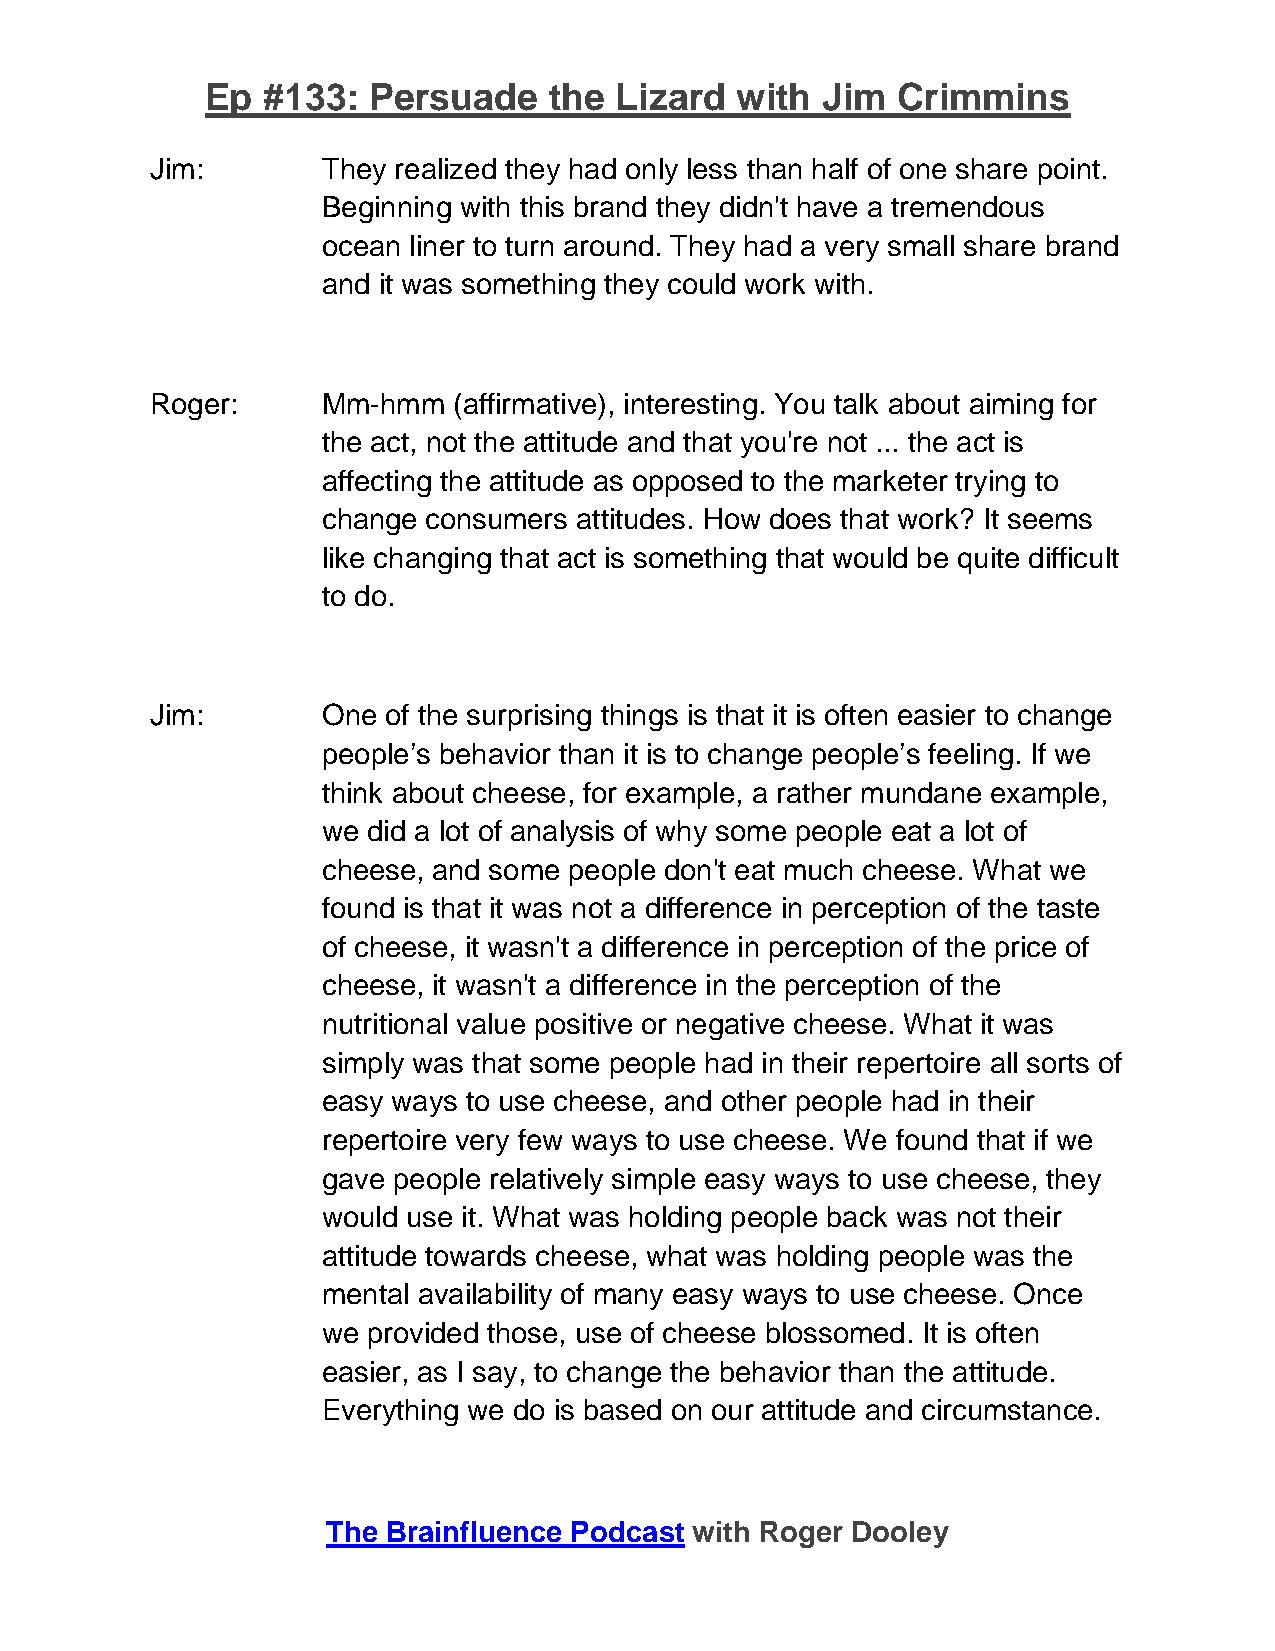
Ep #133:  Persuade    the  Lizard  with Jim  Crimmins
 Jim:       They realized they had only less than half of one share point.
 Beginning with this brand they didn't have a tremendous
 ocean liner to turn around. They had a very small share brand
 and it was something they could work with.
 Roger:     Mm-hmm   (affirmative), interesting. You talk about aiming for
 the act, not the attitude and that you're not ... the act is
 affecting the attitude as opposed to the marketer trying to
 change consumers attitudes. How does that work? It seems
 like changing that act is something that would be quite difficult
 to do.
 Jim:       One  of the surprising things is that it is often easier to change
 people’s behavior than it is to change people’s feeling. If we
 think about cheese, for example, a rather mundane example,
 we did a lot of analysis of why some people eat a lot of
 cheese, and some people don't eat much cheese. What we
 found is that it was not a difference in perception of the taste
 of cheese, it wasn't a difference in perception of the price of
 cheese, it wasn't a difference in the perception of the
 nutritional value positive or negative cheese. What it was
 simply was that some people had in their repertoire all sorts of
 easy ways to use cheese, and other people had in their
 repertoire very few ways to use cheese. We found that if we
 gave people relatively simple easy ways to use cheese, they
 would use it. What was holding people back was not their
 attitude towards cheese, what was holding people was the
 mental availability of many easy ways to use cheese. Once
 we provided those, use of cheese blossomed. It is often
 easier, as I say, to change the behavior than the attitude.
 Everything we do is based on our attitude and circumstance.
 The Brainfluence Podcast with Roger Dooley